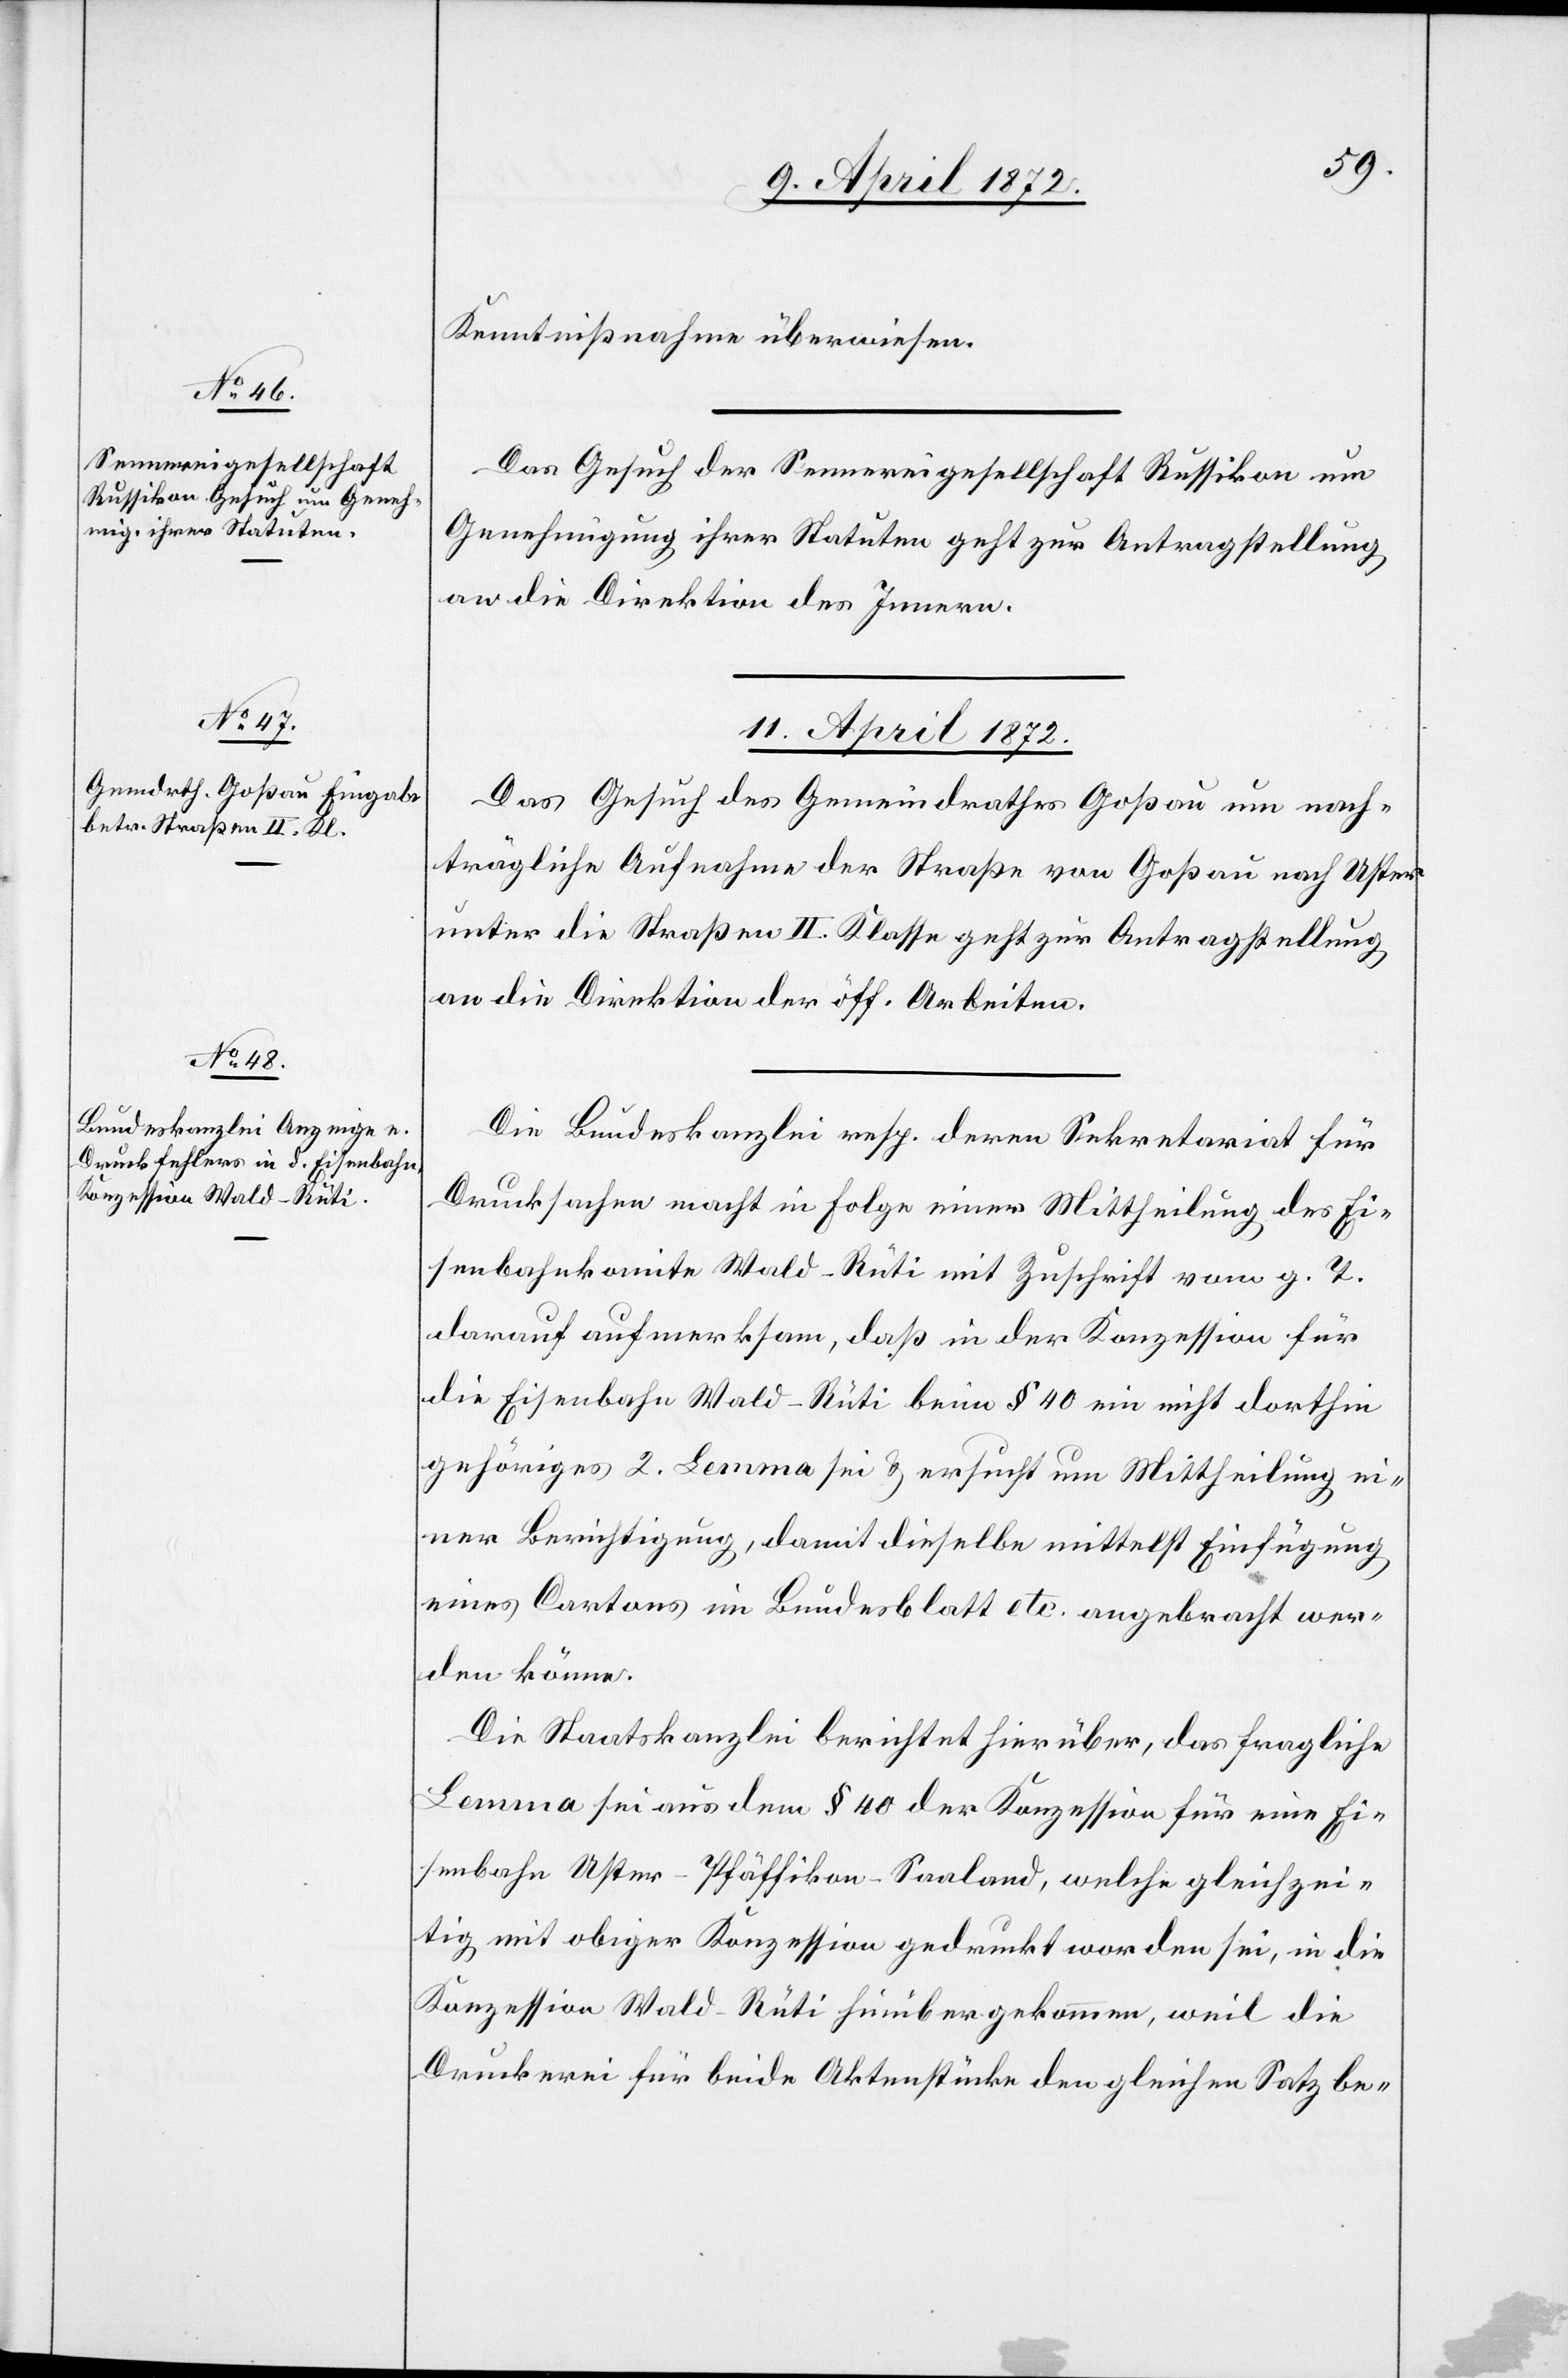
Kenntnißnahme überwiesen.
Das Gesuch der Sennereigesellschaft Russikon um
Genehmigung ihrer Statuten geht zur Antragstellung
an die Direktion des Innern.
11. April 1872.]
Das Gesuch des Gemeindrathes Goßau um nach¬
trägliche Aufnahme der Straße von Goßau nach Uster
unter die Straßen II. Klasse geht zur Antragstellung
an die Direktion der öff. Arbeiten.
Die Bundeskanzlei resp. deren Sekretariat für
Drucksachen macht in Folge einer Mittheilung des Ei¬
senbahnkomite Wald–Rüti mit Zuschrift vom g. T.
darauf aufmerksam, daß in der Konzession für
die Eisenbahn Wald–Rüti beim § 40 ein nicht dorthin
gehöriges 2. Lemma sei u. ersucht um Mittheilung ei¬
ner Berichtigung, damit dieselbe mittelst Einfügung
eines Cartons im Bundesblatt etc. angebracht wer¬
den könne.
Die Staatskanzlei berichtet hierüber, das fragliche
Lemma sei aus dem § 40 der Konzession für eine Ei¬
senbahn Uster–Pfäffikon–Saaland, welche gleichzei¬
tig mit obiger Konzession gedruckt worden sei, in die
Konzession Wald–Rüti hinübergekommen, weil die
Druckerei für beide Aktenstücke den gleichen Satz be-